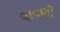
વાવણી